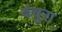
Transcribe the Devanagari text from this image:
बंचुरा